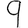
Digit: 9